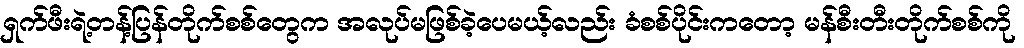
ရှက်ဖီးရဲ့တန့်ပြန်တိုက်စစ်တွေက အလုပ်မဖြစ်ခဲ့ပေမယ့်လည်း ခံစစ်ပိုင်းကတော့ မန်စီးတီးတိုက်စစ်ကို